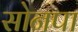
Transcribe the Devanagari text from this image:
सोनपा